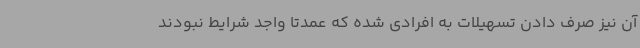
آن نیز صرف دادن تسهیلات به افرادی شده که عمدتاً واجد شرایط نبودند